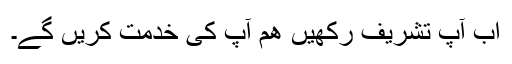
اب آپ تشریف رکھیں ھم آپ کی خدمت کریں گے۔